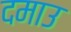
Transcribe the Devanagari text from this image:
दमाउ